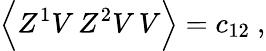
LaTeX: \Big\langle Z^{1}V\, Z^{2}V\, V\Big\rangle=c_{12}\ ,